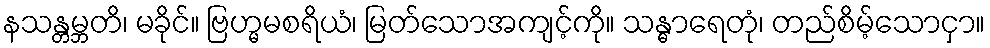
နသန္တမ္ဘတိ၊ မခိုင်။ ဗြဟ္မမစရိယံ၊ မြတ်သောအကျင့်ကို။ သန္ဓာရေတုံ၊ တည်စိမ့်သောငှာ။